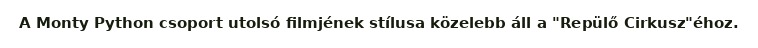
A Monty Python csoport utolsó filmjének stílusa közelebb áll a "Repülő Cirkusz"éhoz.